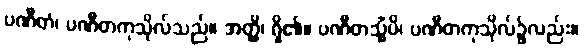
ပဏီတံ၊ ပဏီတကုသိုလ်သည်။ အတ္ထိ၊ ရှိ၏။ ပဏီတသ္မိံပိ၊ ပဏီတကုသိုလ်၌လည်း။